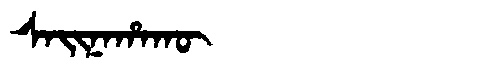
Manchu: ᠰᠠᡳᠨᠠᡥᠠᡴᡡ
Romanization: SAINAHAKŪ